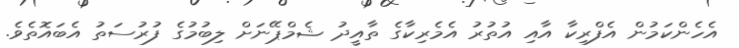
އެހެންކަމުން އެފްރިކާ އާއި އުތުރު އެމެރިކާގެ ތާއީދު ޝެމްޕޭނަށް ލިބުމުގެ ފުރުސަތު އެބައޮތެވެ.